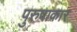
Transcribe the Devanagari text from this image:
पुरुषाकार